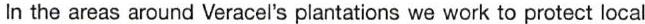
In the areas around Veracel's plantations we work to protect local